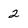
Character: 2